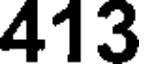
413